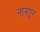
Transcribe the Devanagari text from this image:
नामपुर